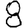
Digit: 8